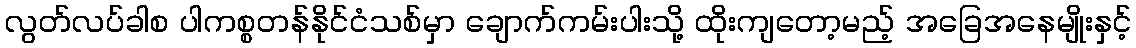
လွတ်လပ်ခါစ ပါကစ္စတန်နိုင်ငံသစ်မှာ ချောက်ကမ်းပါးသို့ ထိုးကျတော့မည့် အခြေအနေမျိုးနှင့်